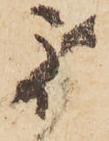
別